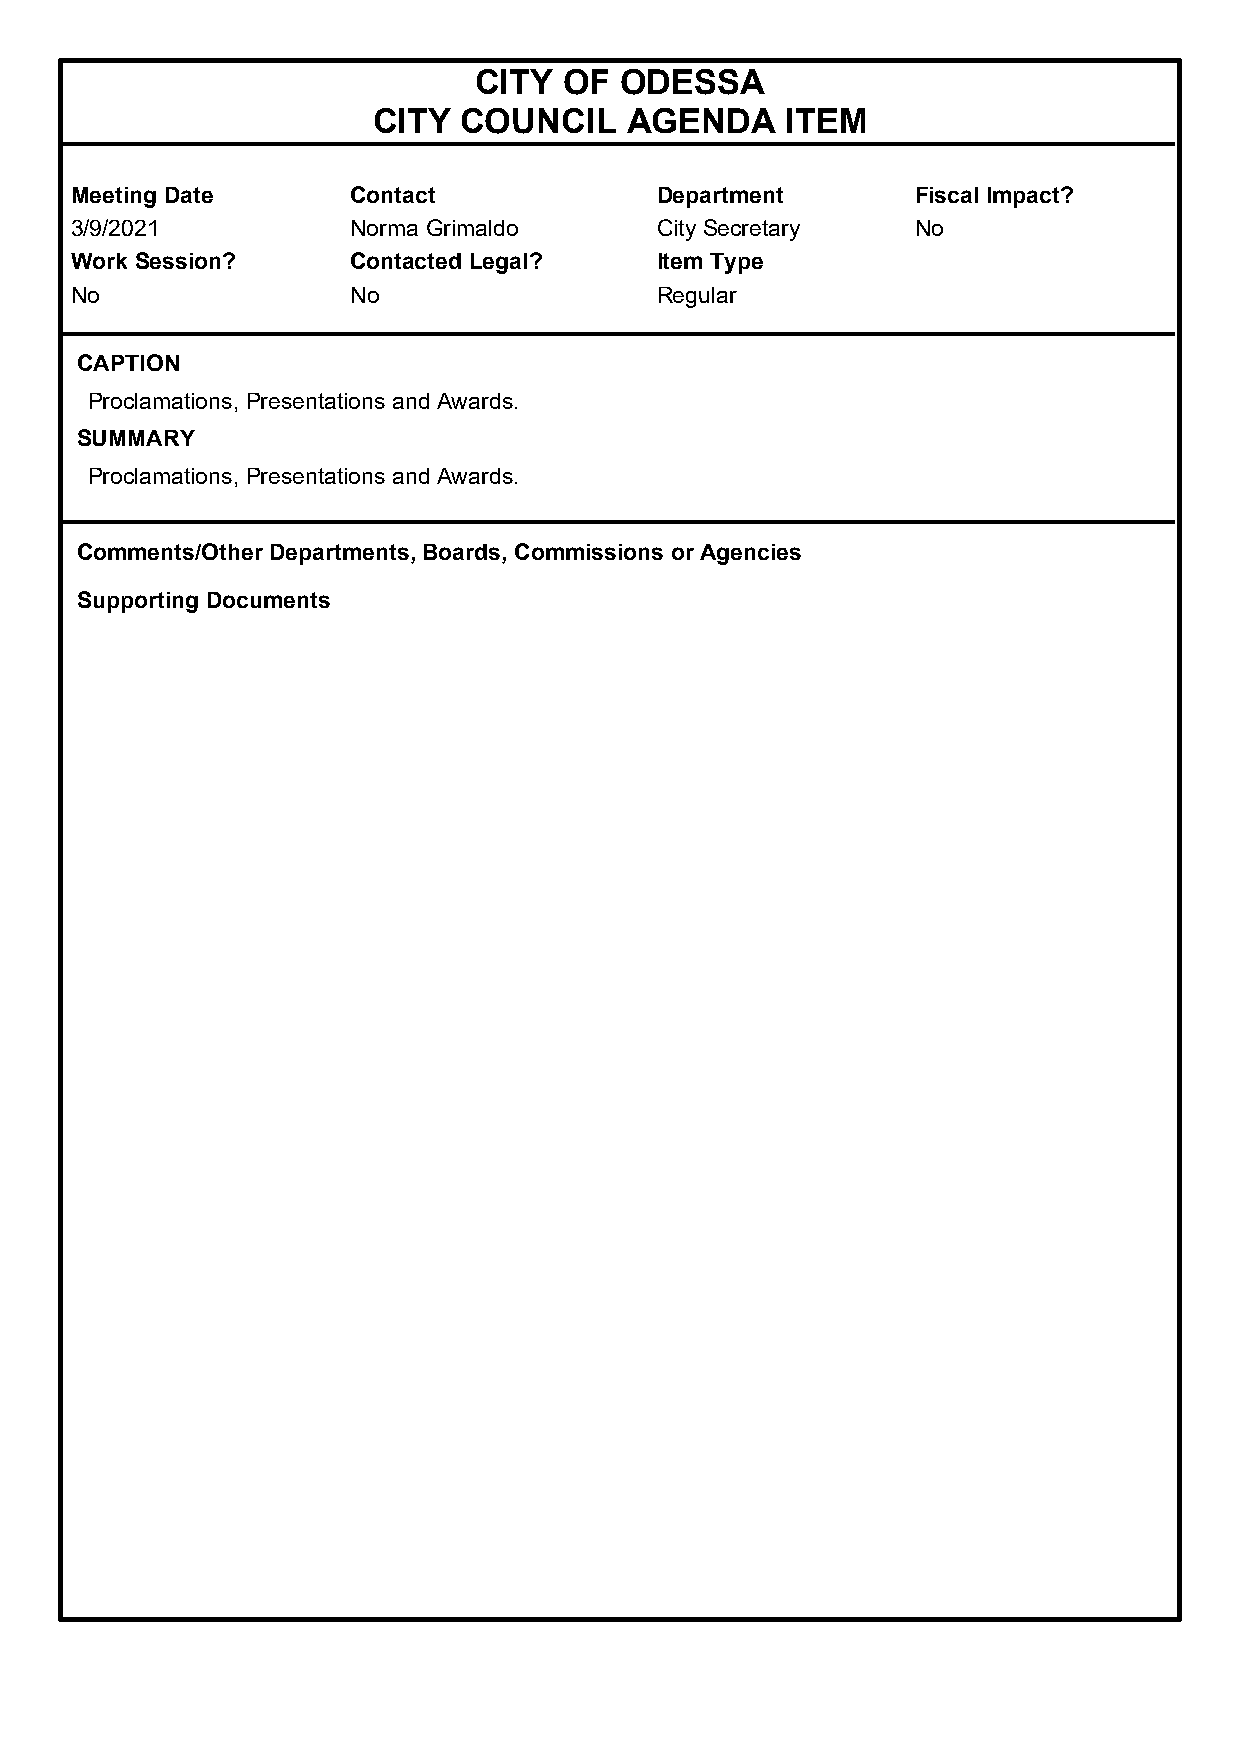
CITY  OF  ODESSA
 CITY COUNCIL    AGENDA     ITEM
 Meeting Date      Contact             Department        Fiscal Impact?
 3/9/2021          Norma Grimaldo      City Secretary    No
 Work Session?     Contacted Legal?    Item Type
 No                No                  Regular
 CAPTION
 Proclamations, Presentations and Awards.
 SUMMARY
 Proclamations, Presentations and Awards.
 Comments/Other Departments, Boards, Commissions or Agencies
 Supporting Documents